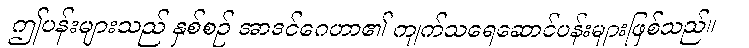
ဤပန်းများသည် နှစ်စဉ် အာဒင်ဂေဟာ၏ ကျက်သရေဆောင်ပန်းများဖြစ်သည်။